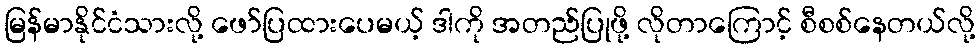
မြန်မာနိုင်ငံသားလို့ ဖော်ပြထားပေမယ့် ဒါကို အတည်ပြုဖို့ လိုတာကြောင့် စီစစ်နေတယ်လို့